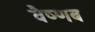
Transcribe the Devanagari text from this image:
वैष्णब